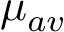
\mu _ { a v }